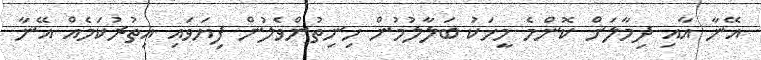
އޭނާ އާއި ދިމާލަށް ކޮންމެ މީހަކު ބަލާލުމުން ހިނިތުންވެލުން ފިޔަވައި އިތުރުކަމެއް އޭނާ